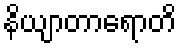
နိယျာတာရောတိ